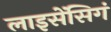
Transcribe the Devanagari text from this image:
लाइसेंसिगं